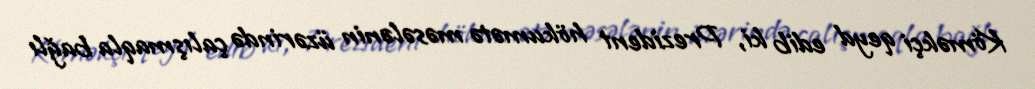
Köməkçi qeyd edib ki, Prezident hökumətə məsələnin üzərində çalışmaqla bağlı